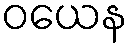
ဝယေန